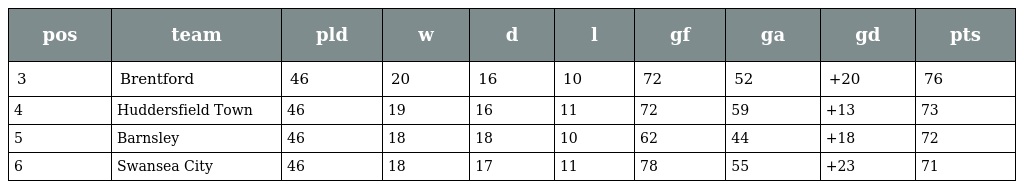
| pos | team | pld | w | d | l | gf | ga | gd | pts |
 | --- | --- | --- | --- | --- | --- | --- | --- | --- | --- |
 | 3 | Brentford | 46 | 20 | 16 | 10 | 72 | 52 | +20 | 76 |
 | 4 | Huddersfield Town | 46 | 19 | 16 | 11 | 72 | 59 | +13 | 73 |
 | 5 | Barnsley | 46 | 18 | 18 | 10 | 62 | 44 | +18 | 72 |
 | 6 | Swansea City | 46 | 18 | 17 | 11 | 78 | 55 | +23 | 71 |